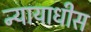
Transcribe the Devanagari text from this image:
न्यायाधीस